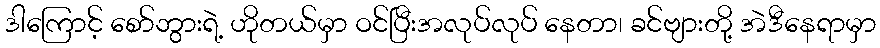
ဒါကြောင့် စော်ဘွားရဲ့ ဟိုတယ်မှာ ဝင်ပြီးအလုပ်လုပ် နေတာ၊ ခင်ဗျားတို့ အဲဒီနေရာမှာ